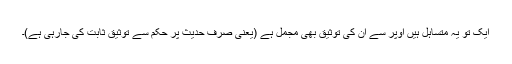
ایک تو یہ متساہل ہیں اوپر سے ان کی توثیق بھی مجمل ہے (یعنی صرف حدیث پر حکم سے توثیق ثابت کی جارہی ہے)۔